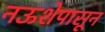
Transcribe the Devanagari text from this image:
नऊशेपासून